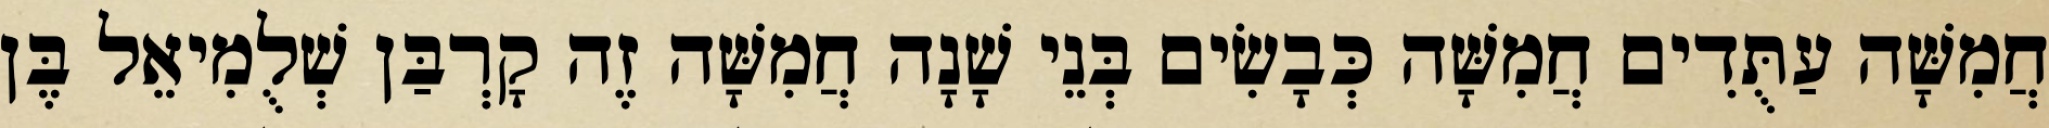
חֲמִשָּׁה עַתֻּדִים חֲמִשָּׁה כְּבָשִׂים בְּנֵי שָׁנָה חֲמִשָּׁה זֶה קָרְבַּן שְׁלֻמִיאֵל בֶּן